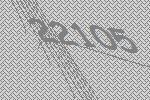
22105